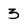
Character: 3